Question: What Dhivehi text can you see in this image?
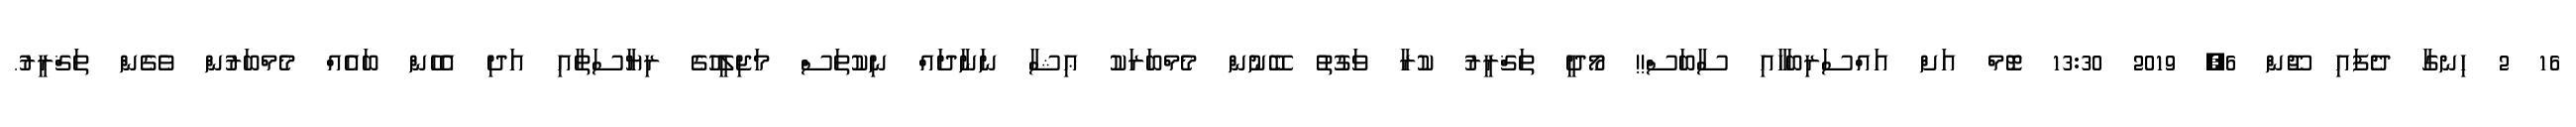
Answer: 16 2 ހިނގާ ދެފައި ޖޫން 6, 2019 13:30 ޓޮމް އަށް އައްސަރިބަހާއި ސާބަސް!! މޯދީ ތަޤްރީރު ކުރާ ވަގުތު ބޭނުން މެމްބަރަކު ޢިޝާ ނަނާދައް ނިކުތަސް މަޖިލީހުގެ ރިޔާސަތާއި އަދި އެހެން ބައެއް މެމްބަރުން ވެގެން ތަޤްރީރު.